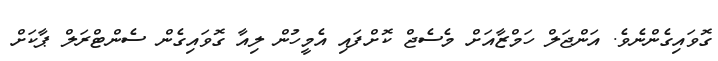
ގޮވައިގެންނެވެ. އަންޖަލް ހަމްޒާއަށް މެސެޖް ކޮށްފައި އެމީހުން ލިއާ ގޮވައިގެން ސެންޓްރަލް ޕާކަށް